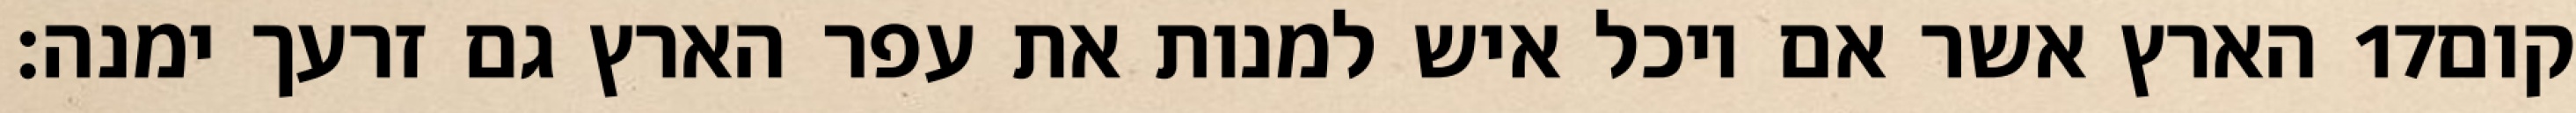
הארץ אשר אם יוכל איש למנות את עפר הארץ גם זרעך ימנה׃ ‎17‏ קום